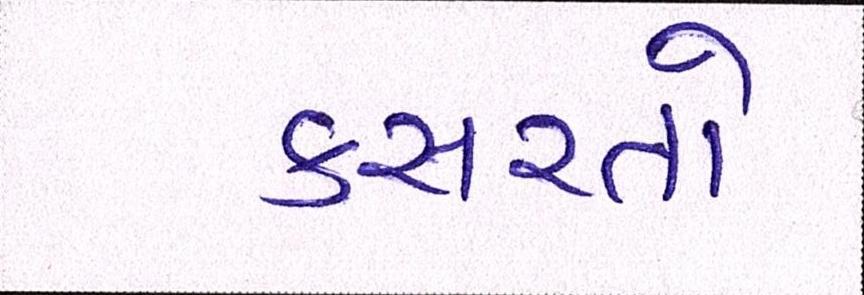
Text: કસરતો